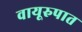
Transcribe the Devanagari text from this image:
वायूरुपात